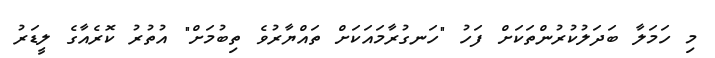
މި ހަމަލާ ބަދަލުކުރުންތަކަށް ފަހު "ހަނގުރާމައަކަށް ތައްޔާރުވެ ތިބުމަށް" އުތުރު ކޮރެއާގެ ލީޑަރު